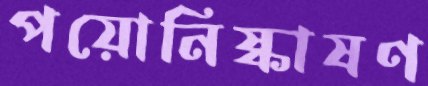
পয়োনিষ্কাষণ